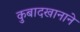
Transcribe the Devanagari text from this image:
कुबादखानाने